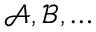
{ \mathcal { A , B } } , \ldots